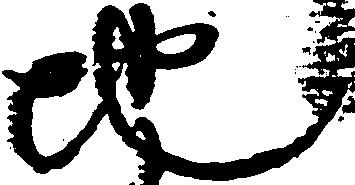
地